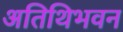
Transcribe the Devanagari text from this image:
अतिथिभवन